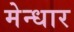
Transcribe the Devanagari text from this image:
मेन्धार